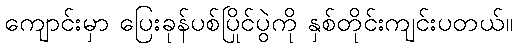
ကျောင်းမှာ ပြေးခုန်ပစ်ပြိုင်ပွဲကို နှစ်တိုင်းကျင်းပတယ်။